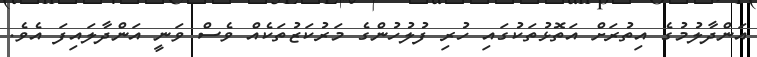
އަންދާލުމުގެ އިތުރަށް އަތޮޅުތަކުގައި ހުރި ފުލުހުންގެ މަރުކަޒުތަކެއް ވެސް ވަނީ އަންދާލައިފަ އެވެ.